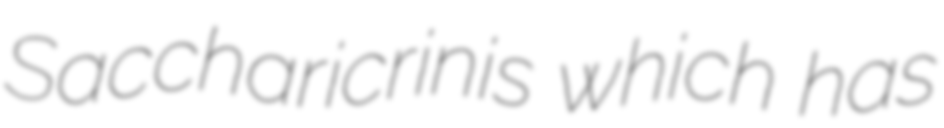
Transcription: Saccharicrinis which has